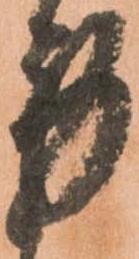
労